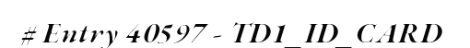
# Entry 40597 - TD1_ID_CARD